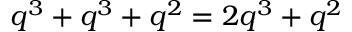
q ^ { 3 } + q ^ { 3 } + q ^ { 2 } = 2 q ^ { 3 } + q ^ { 2 }